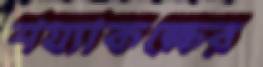
শয্যাকক্ষের